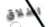
اطلاق